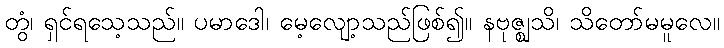
တွံ၊ ရှင်ရသေ့သည်။ ပမာဒေါ၊ မေ့လျော့သည်ဖြစ်၍။ နဗုဇ္ဈသိ၊ သိတော်မမူလေ။